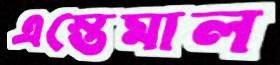
এস্তেমাল